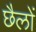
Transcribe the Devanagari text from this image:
छैलों